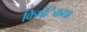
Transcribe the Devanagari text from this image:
किष्ंिकधा